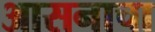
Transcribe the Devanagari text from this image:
आसनाचा